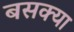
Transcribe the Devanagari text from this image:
बसक्या